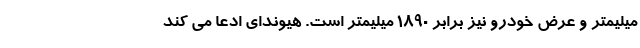
میلیمتر و عرض خودرو نیز برابر 1890 میلیمتر است. هیوندای ادعا می کند